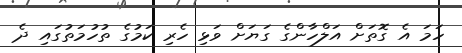
ހަމަ އެ ގޮތަށް އަލްހާންގެ ގަޔަށް ވަޅި ހެރި ކަމުގެ ތުހުމަތުގައި ދެ